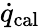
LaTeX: \dot{q}_{\mathrm{cal}}